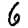
Digit: 6